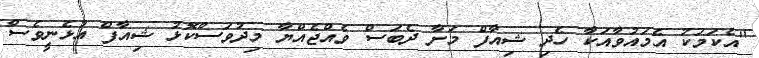
''އެކަމަކު އެމައުވާއަކާ ހެދި ޝިއާފް މަށާ ދެބަސް ވެއްޖެއްޔާ މިދުވަސްކޮޅު ޝިއާފް އުޅެނީވެސް